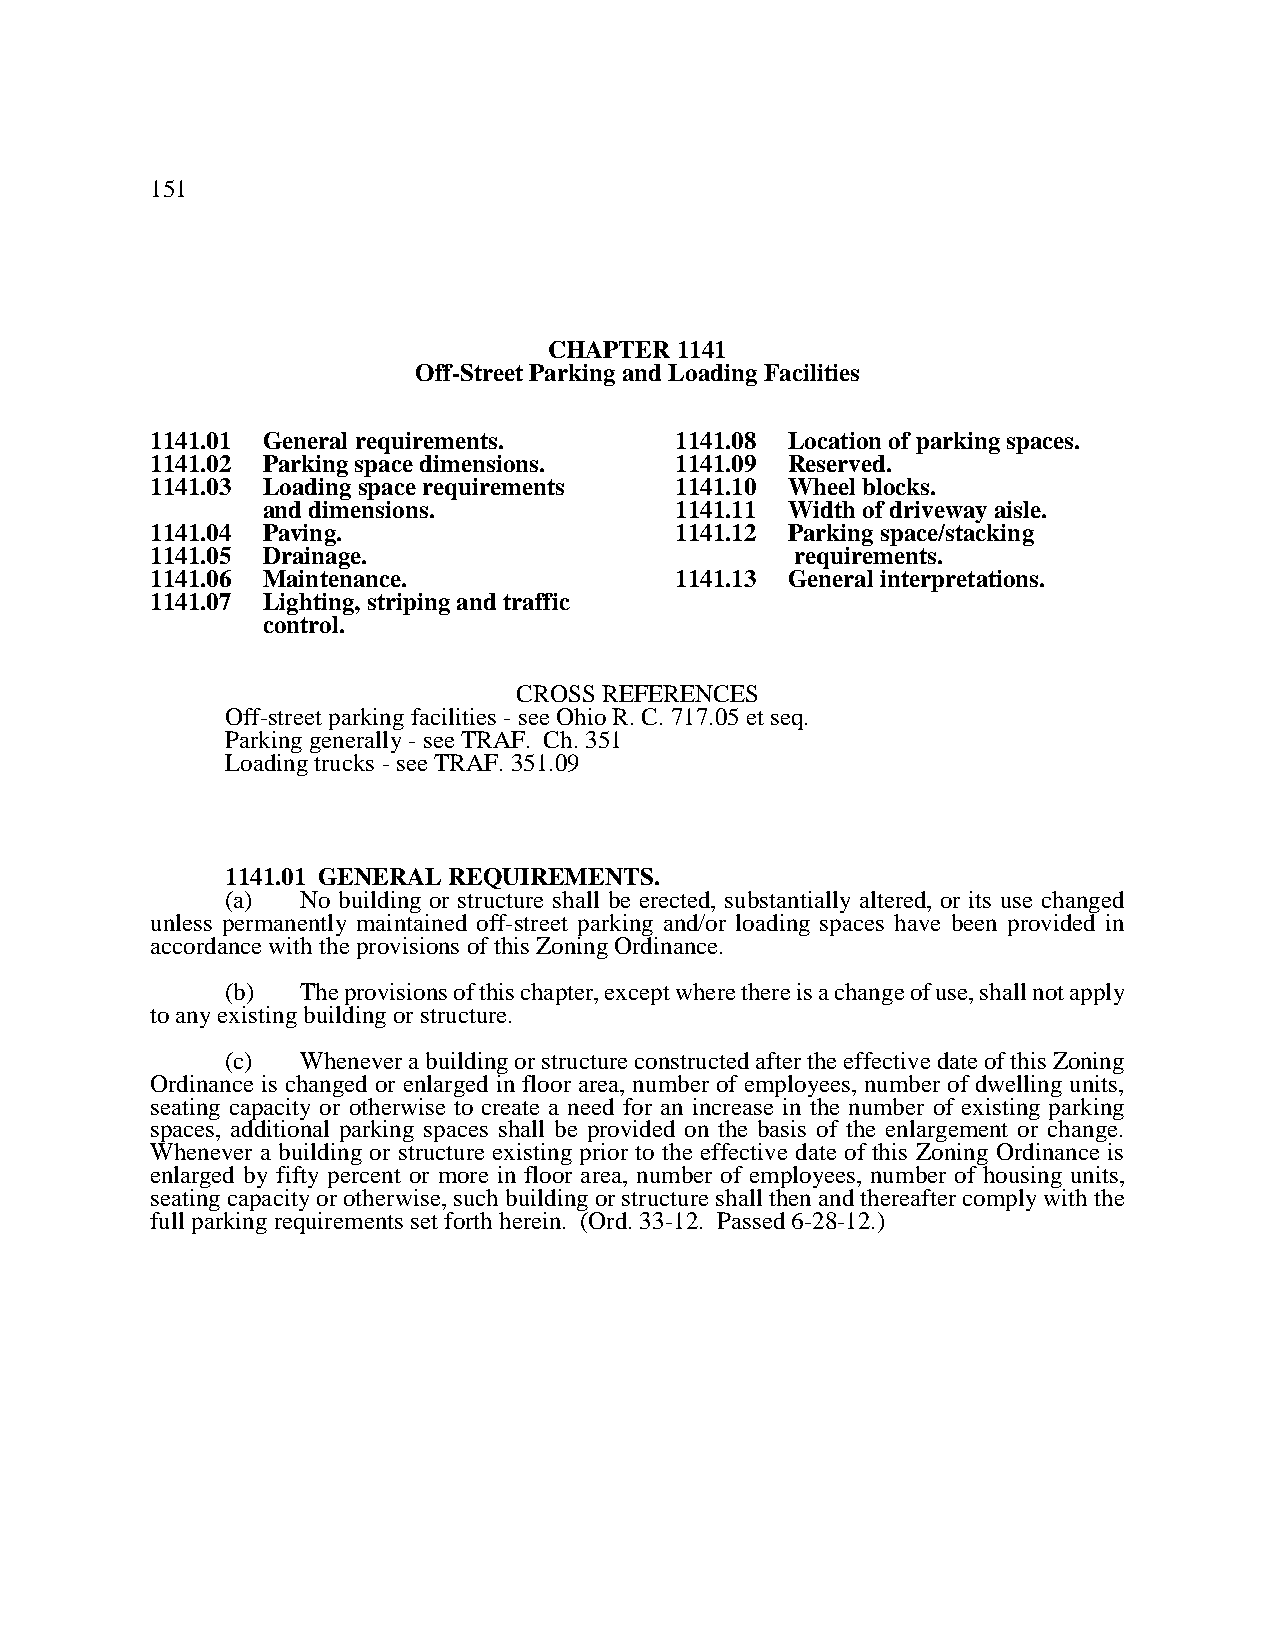
151
 CHAPTER  1141
 Off-Street Parking and Loading Facilities
 1141.01 General requirements.      1141.08 Location of parking spaces.
 1141.02 Parking space dimensions.  1141.09 Reserved.
 1141.03 Loading space requirements 1141.10 Wheel blocks.
 and dimensions.             1141.11 Width of driveway aisle.
 1141.04 Paving.                    1141.12 Parking space/stacking
 1141.05 Drainage.                          requirements.
 1141.06 Maintenance.               1141.13 General interpretations.
 1141.07 Lighting, striping and traffic
 control.
 CROSS REFERENCES
 Off-street parking facilities - see Ohio R. C. 717.05 et seq.
 Parking generally - see TRAF. Ch. 351
 Loading trucks - see TRAF. 351.09
 1141.01 GENERAL REQUIREMENTS.
 (a)  No building or structure shall be erected, substantially altered, or its use changed
 unless permanently maintained off-street parking and/or loading spaces have been provided in
 accordance with the provisions of this Zoning Ordinance.
 (b)  The provisions of this chapter, except where there is a change of use, shall not apply
 to any existing building or structure.
 (c)  Whenever a building or structure constructed after the effective date of this Zoning
 Ordinance is changed or enlarged in floor area, number of employees, number of dwelling units,
 seating capacity or otherwise to create a need for an increase in the number of existing parking
 spaces, additional parking spaces shall be provided on the basis of the enlargement or change.
 Whenever a building or structure existing prior to the effective date of this Zoning Ordinance is
 enlarged by fifty percent or more in floor area, number of employees, number of housing units,
 seating capacity or otherwise, such building or structure shall then and thereafter comply with the
 full parking requirements set forth herein. (Ord. 33-12. Passed 6-28-12.)